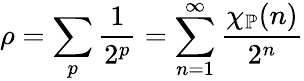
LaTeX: \rho=\sum_{p}{\frac{1}{2^{p}}}=\sum_{n=1}^{\infty}{\frac{\chi_{\mathbb{P}}(n)}{2^{n}}}